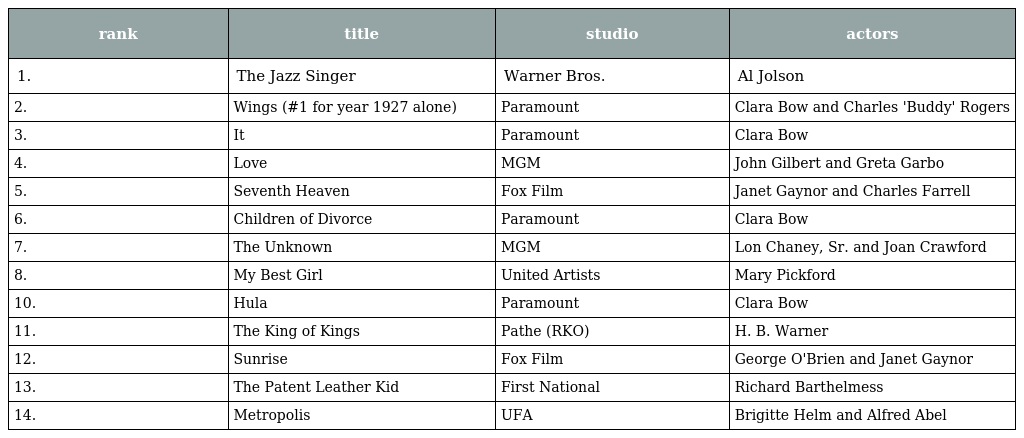
| rank | title | studio | actors |
 | --- | --- | --- | --- |
 | 1. | The Jazz Singer | Warner Bros. | Al Jolson |
 | 2. | Wings (#1 for year 1927 alone) | Paramount | Clara Bow and Charles 'Buddy' Rogers |
 | 3. | It | Paramount | Clara Bow |
 | 4. | Love | MGM | John Gilbert and Greta Garbo |
 | 5. | Seventh Heaven | Fox Film | Janet Gaynor and Charles Farrell |
 | 6. | Children of Divorce | Paramount | Clara Bow |
 | 7. | The Unknown | MGM | Lon Chaney, Sr. and Joan Crawford |
 | 8. | My Best Girl | United Artists | Mary Pickford |
 | 10. | Hula | Paramount | Clara Bow |
 | 11. | The King of Kings | Pathe (RKO) | H. B. Warner |
 | 12. | Sunrise | Fox Film | George O'Brien and Janet Gaynor |
 | 13. | The Patent Leather Kid | First National | Richard Barthelmess |
 | 14. | Metropolis | UFA | Brigitte Helm and Alfred Abel |